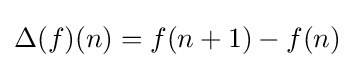
\Delta (f)(n)=f(n+1)-f(n)